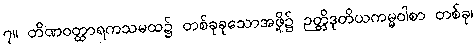
၇။ တိဏဝတ္ထာရကသမထ၌ တစ်ခုခုသောအဖို့၌ ဉတ္တိဒုတိယကမ္မဝါစာ တစ်ခု၊